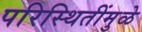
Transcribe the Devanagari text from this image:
परिस्थितींमुळे